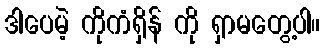
ဒါပေမဲ့ ကိုကံရှိန် ကို ရှာမတွေ့ပါ။